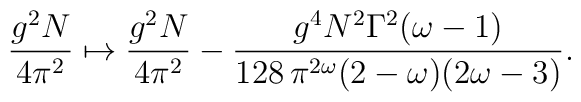
\frac{g^2N}{4\pi^2}\mapsto \frac{g^2N}{4\pi^2}-\frac{g^4N^2\Gamma^2(\omega-1)}{128\,\pi^{2\omega}(2-\omega)(2\omega-3)}.